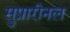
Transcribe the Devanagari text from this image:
सुप्रारीनल